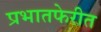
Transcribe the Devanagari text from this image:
प्रभातफेरीत